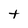
Character: T